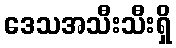
ဒေသအသီးသီးရှိ